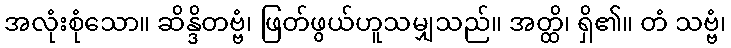
အလုံးစုံသော။ ဆိန္ဒိတဗ္ဗံ၊ ဖြတ်ဖွယ်ဟူသမျှသည်။ အတ္ထိ၊ ရှိ၏။ တံ သဗ္ဗံ၊